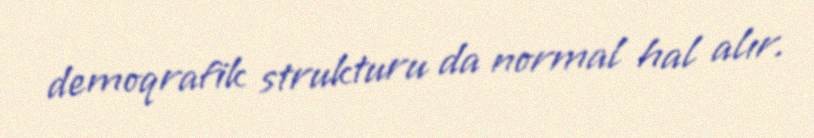
demoqrafik strukturu da normal hal alır.